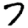
Digit: 7